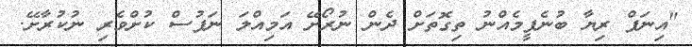
"އިނަފް ރިޔާ ބުނެފީމެއްނު ތިގޮތަށް ދެން ނުރޯށޭ އަމިއްލަ ނަފުސް ކުށްވެރި ނުކުރާށޭ.